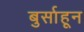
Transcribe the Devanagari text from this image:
बुर्साहून